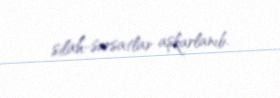
silah-sursatlar aşkarlanıb.